65_HS1-834228961_62-HQ-83894_Section_7
Agency: FBI
Page 144
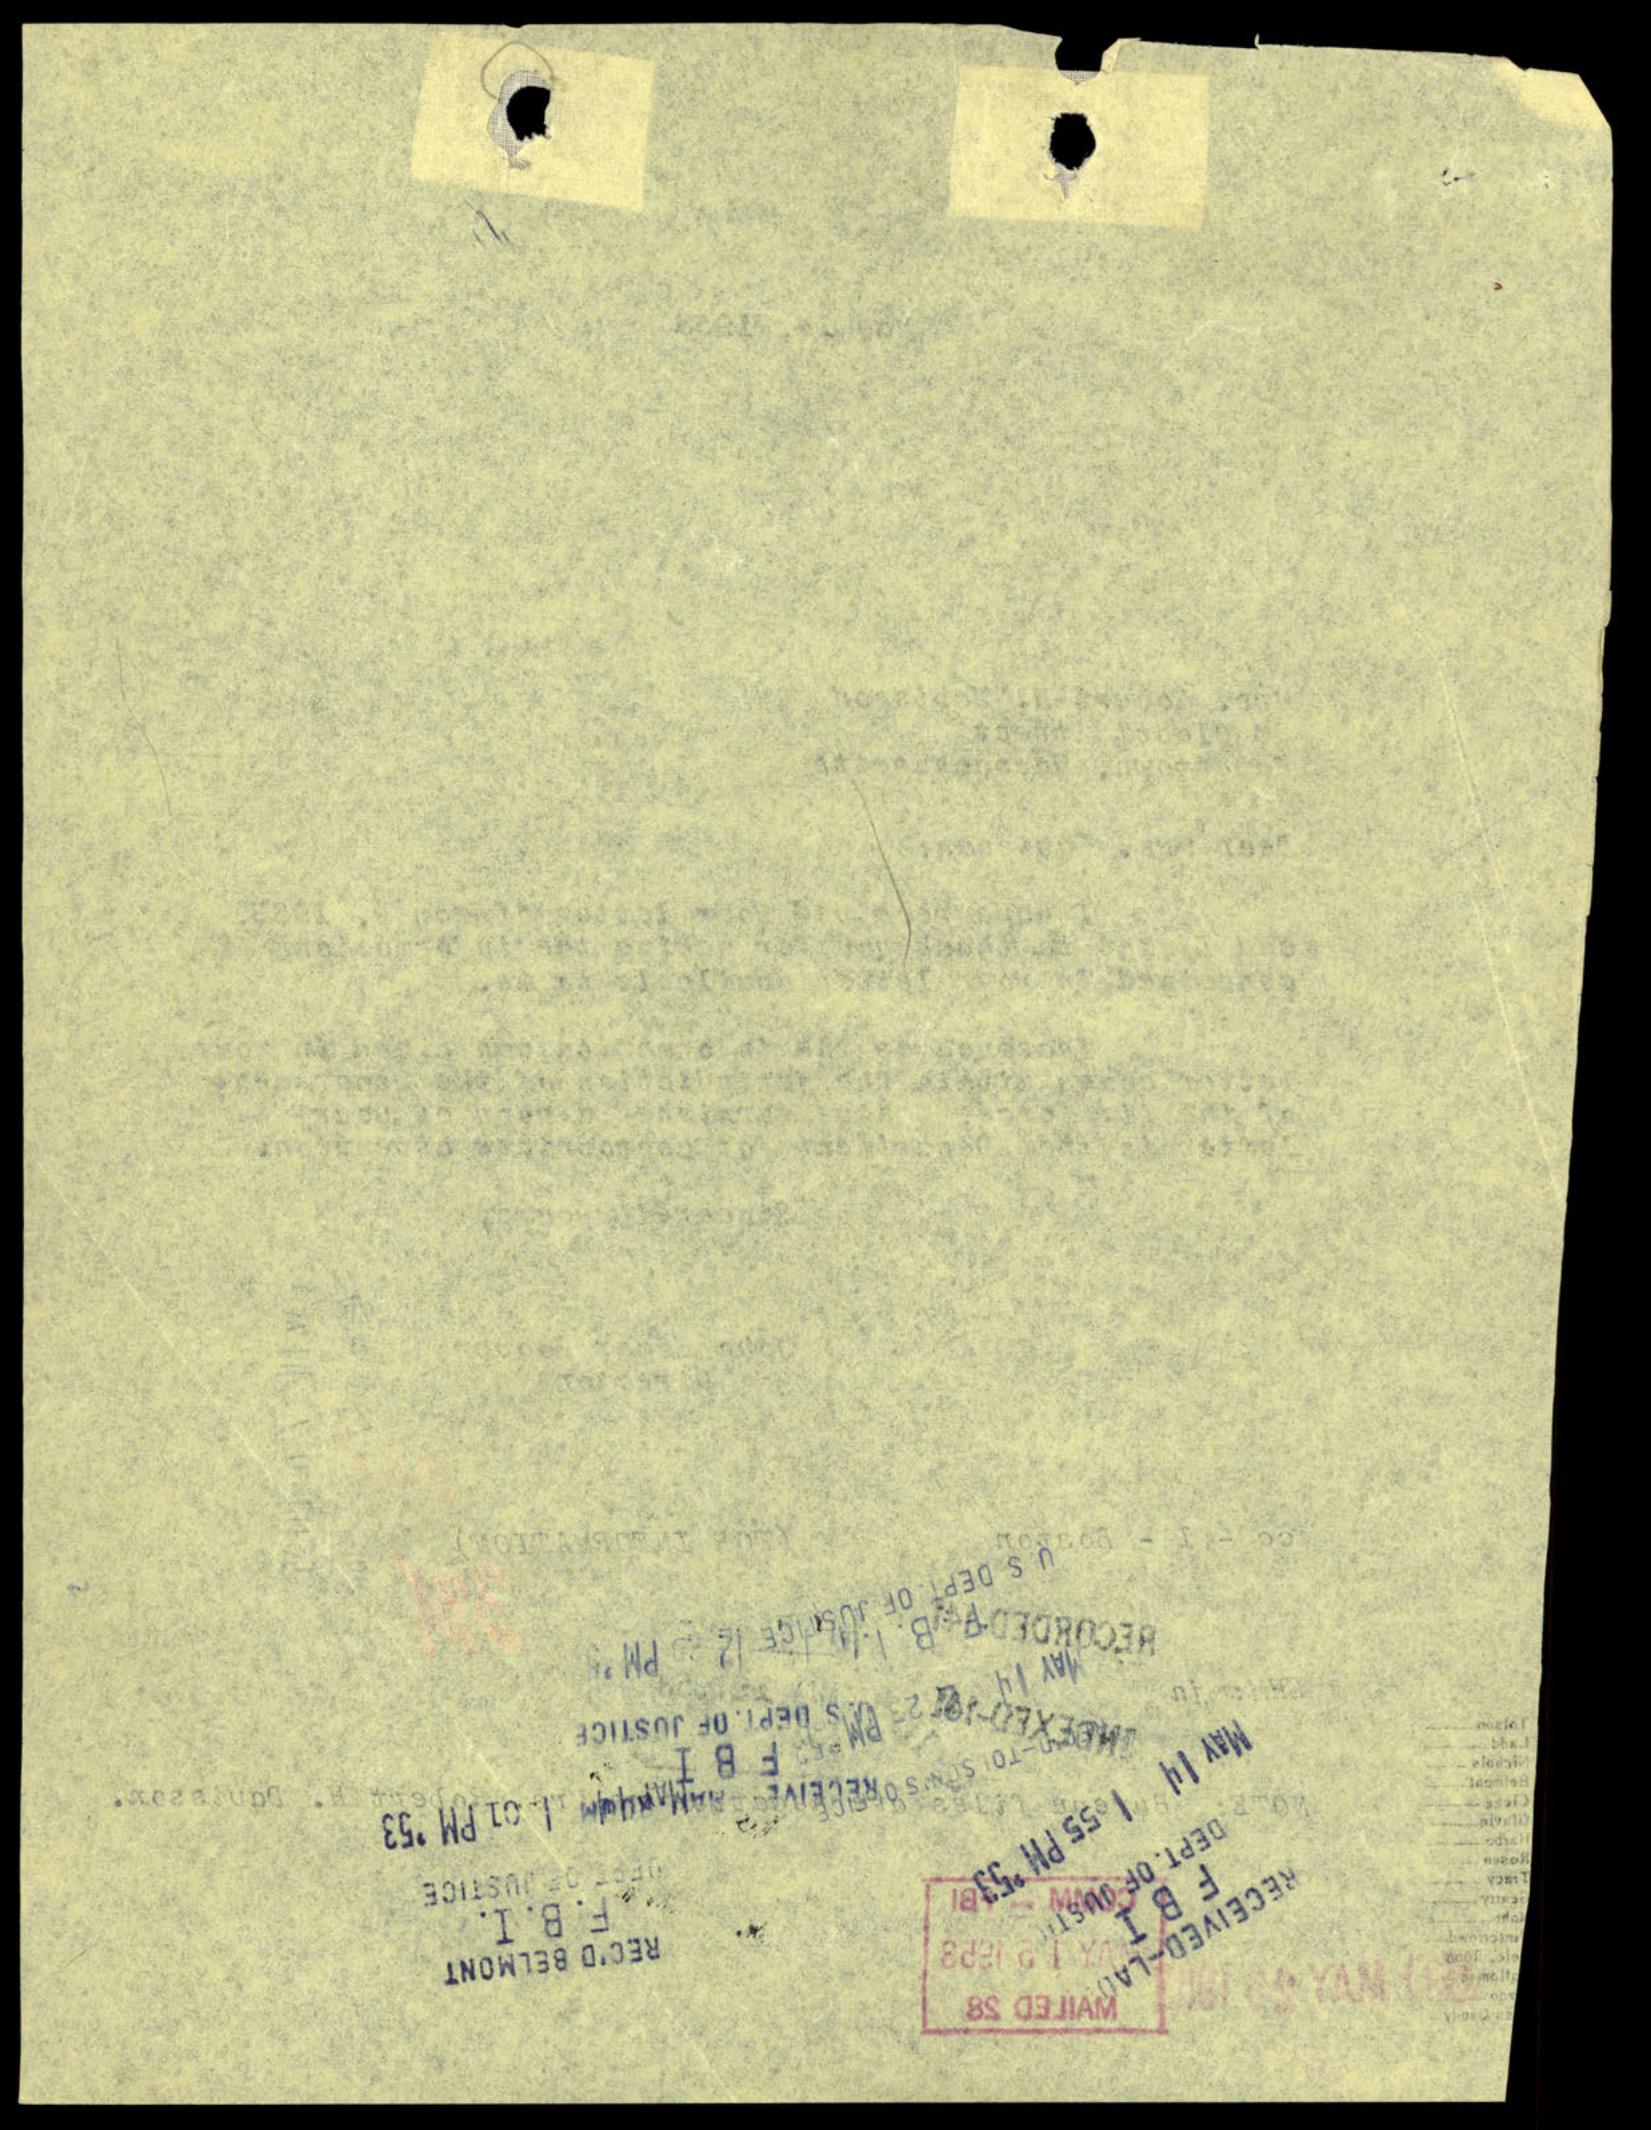